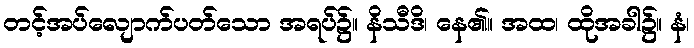
တင့်အပ်လျောက်ပတ်သော အရပ်၌။ နိသီဒိ၊ နေ၏။ အထ၊ ထိုအခါ၌။ နံ၊